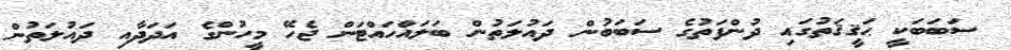
ސަބަބަކީ ޙަޤީޤަތުގައި ދުންފަތުގެ ސަބަބުން ދައުލަތުން ބަލައްހައްޓަން ޖެހޭ މީހުންގެ އަދަދާއި ދައުލަތުން